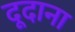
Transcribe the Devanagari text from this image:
दूदाना